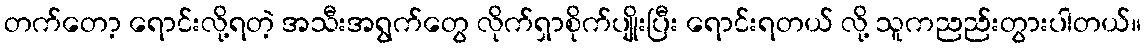
တက်တော့ ရောင်းလို့ရတဲ့ အသီးအရွက်တွေ လိုက်ရှာစိုက်ပျိုးပြီး ရောင်းရတယ် လို့ သူကညည်းတွားပါတယ်။